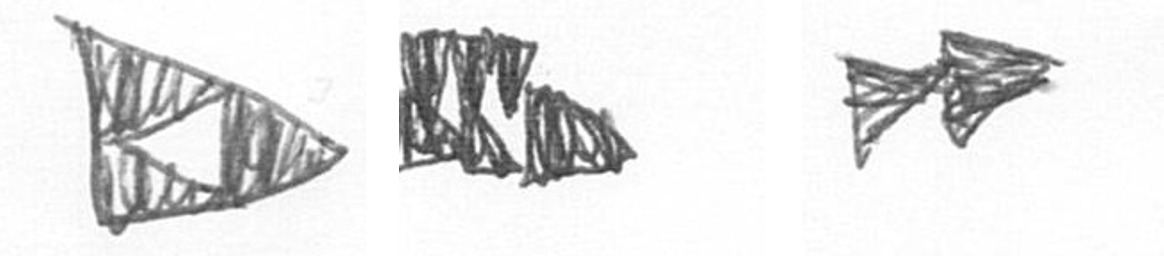
K D A